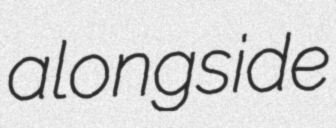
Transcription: alongside